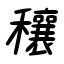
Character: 穰